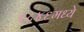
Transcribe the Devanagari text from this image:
१८४६मध्ये